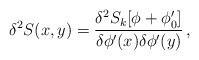
LaTeX: \begin{align*}\delta^2 S(x,y)=\frac{\delta^2 S_k[\phi+\phi'_0]}{\delta\phi'(x)\delta\phi'(y)}\, ,\end{align*}